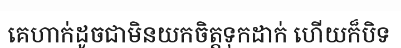
គេហាក់ដូចជាមិនយកចិត្តទុកដាក់ ហើយក៏បិទ